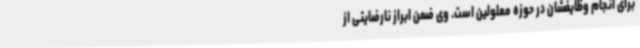
برای انجام وظایفشان در حوزه معلولین است. وی ضمن ابراز نارضایتی از